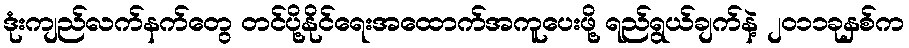
ဒုံးကျည်လက်နက်တွေ တင်ပို့နိုင်ရေးအထောက်အကူပေးဖို့ ရည်ရွယ်ချက်နဲ့ ၂၀၁၁ခုနှစ်က